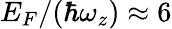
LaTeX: E_{F}/(\hbar\omega_{z})\approx 6